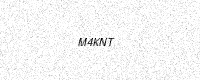
Text: M4KNT